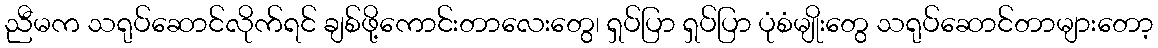
ညီမက သရုပ်ဆောင်လိုက်ရင် ချစ်ဖို့ကောင်းတာလေးတွေ၊ ရှပ်ပြာ ရှပ်ပြာ ပုံစံမျိုးတွေ သရုပ်ဆောင်တာများတော့